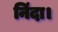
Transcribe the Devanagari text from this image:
निंदा।